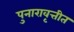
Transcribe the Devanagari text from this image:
पुनारावृत्तीत